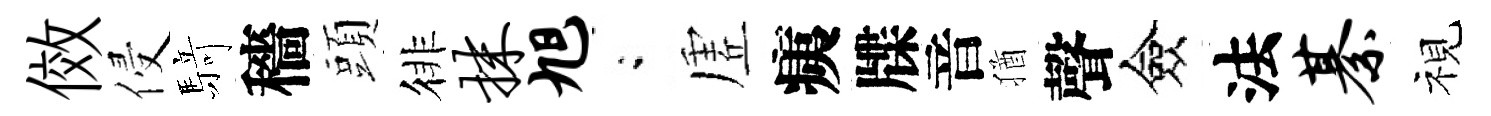
傚侵𮪍穡頭徘抹旭閤虗痍牒音猶聲僉法綦視